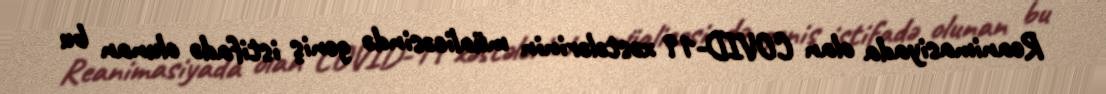
Reanimasiyada olan COVID-19 xəstələrinin müalicəsində geniş istifadə olunan bu